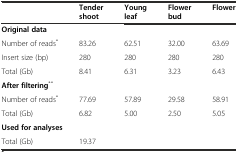
<table><thead><tr><td></td><td><b>Tender shoot</b></td><td><b>Young leaf</b></td><td><b>Flower bud</b></td><td><b>Flower</b></td></tr></thead><tbody><tr><td><b>Original data</b></td><td></td><td></td><td></td><td></td></tr><tr><td>Number of reads<sup>*</sup></td><td>83.26</td><td>62.51</td><td>32.00</td><td>63.69</td></tr><tr><td>Insert size (bp)</td><td>280</td><td>280</td><td>280</td><td>280</td></tr><tr><td>Total (Gb)</td><td>8.41</td><td>6.31</td><td>3.23</td><td>6.43</td></tr><tr><td><b>After filtering</b><sup>**</sup></td><td></td><td></td><td></td><td></td></tr><tr><td>Number of reads<sup>*</sup></td><td>77.69</td><td>57.89</td><td>29.58</td><td>58.91</td></tr><tr><td>Total (Gb)</td><td>6.82</td><td>5.00</td><td>2.50</td><td>5.05</td></tr><tr><td colspan="5"><b>Used for analyses</b></td></tr><tr><td>Total (Gb)</td><td colspan="4">19.37</td></tr></tbody></table>